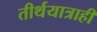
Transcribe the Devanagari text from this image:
तीर्थयात्राही